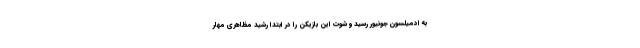
به ادمیلسون جونیور رسید و شوت این بازیکن را در ابتدا رشید مظاهری مهار